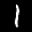
Label: 1